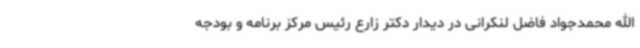
الله محمدجواد فاضل لنکرانی در دیدار دکتر زارع رئیس مرکز برنامه و بودجه